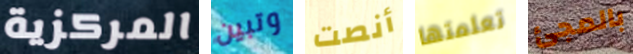
المركزية وتبين أنصت تعلمتها بالمجئ